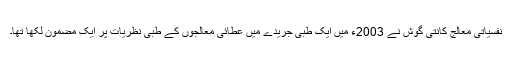
نفسیاتی معالج کانتی گوش نے 2003ء میں ایک طبی جریدے میں عطائی معالجوں کے طبی نظریات پر ایک مضمون لکھا تھا۔